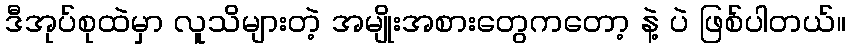
ဒီအုပ်စုထဲမှာ လူသိများတဲ့ အမျိုးအစားတွေကတော့ နဲ့ ပဲ ဖြစ်ပါတယ်။